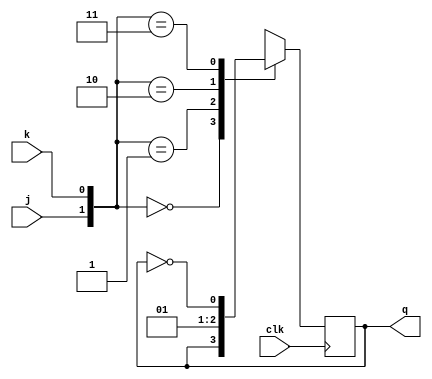
module jk_flipflop(input j,k,clk, output reg q);

always@(posedge clk)begin
 case({j,k})
2'b00 : q<=q;
2'b01 : q<=0;
2'b10 : q<=1;
2'b11 : q<=~q;
endcase
end
endmodule


module jk_flipflop_tb;

reg j,k,clk;
wire q;

jk_flipflop jk(j,k,clk,q);


initial
begin 
$monitor("clk=%0b, j=%0b, k=%0b, q=%0b", clk, j, k, q);


clk=1; j=0; k=1; #10
clk=0; j=0; k=1; #10

clk=1; j=0; k=0; #10
clk=0; j=0; k=0; #10

clk=1; j=1; k=0; #10
clk=0; j=1; k=0; #10

clk=1; j=1; k=1; #10
clk=0; j=1; k=1; #10;

end
endmodule